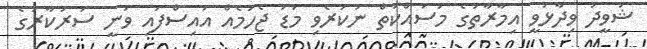
ޝަވީދު ވިދާޅުވީ އިމާރާތުގެ މަސައްކަތް ނުކުރެވި މަޑު ޖެހުމެއް އައިސްފައި ވަނީ ސަރުކާރުގެ